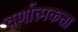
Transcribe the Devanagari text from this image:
वर्णात्मकता